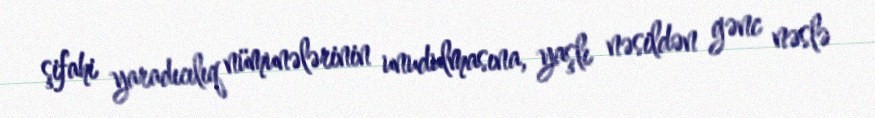
şifahi yaradıcılıq nümunələrinin unudulmasına, yaşlı nəsildən gənc nəslə